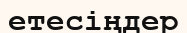
етесіңдер